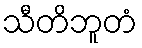
သီတိဘူတံ